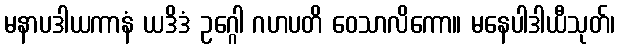
မနာပဒါယကာနံ ယဒိဒံ ဥဂ္ဂေါ ဂဟပတိ ဝေသာလိကော။ မနေပါဒါယီသုတ်၊